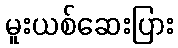
မူးယစ်ဆေးပြား